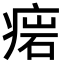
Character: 𤷳